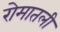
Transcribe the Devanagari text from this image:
रोमातली